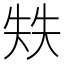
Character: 𰋣